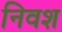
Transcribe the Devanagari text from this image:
निवश